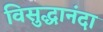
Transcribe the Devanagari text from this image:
विसुद्धानंदा